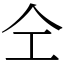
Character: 仝